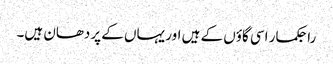
راجکمار اسی گاؤں کے ہیں اور یہاں کے پردھان ہیں۔